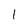
Character: I